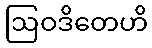
ဩဝဒိတေဟိ